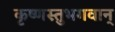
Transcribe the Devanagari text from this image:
कृष्णस्तुभगवान्